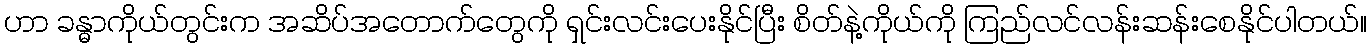
ဟာ ခန္ဓာကိုယ်တွင်းက အဆိပ်အတောက်တွေကို ရှင်းလင်းပေးနိုင်ပြီး စိတ်နဲ့ကိုယ်ကို ကြည်လင်လန်းဆန်းစေနိုင်ပါတယ်။